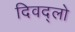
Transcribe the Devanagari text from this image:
दिवद्लो